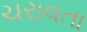
ચરાવતા